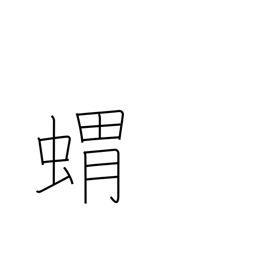
Meaning: hedgehog